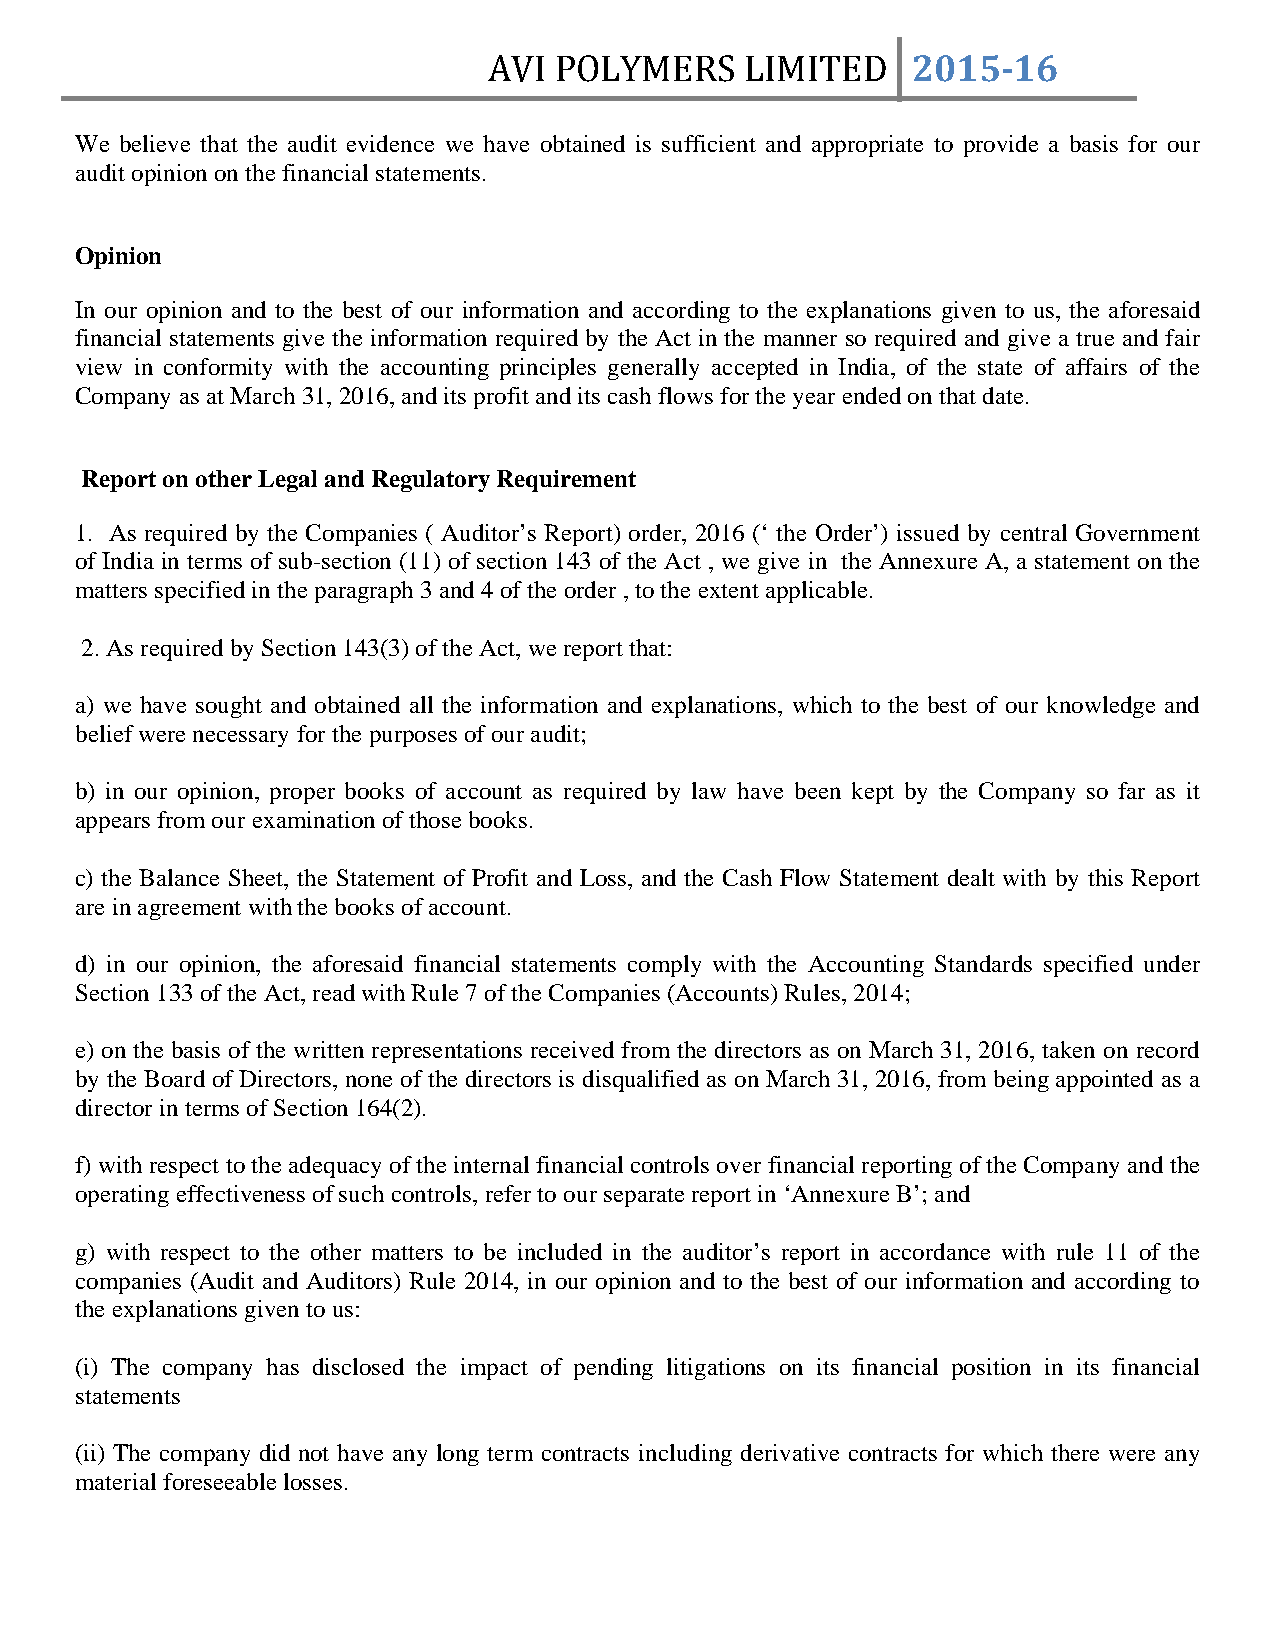
AVI  POLYMERS    LIMITED    2015­16
 We believe that the audit evidence we have obtained is sufficient and appropriate to provide a basis for our
 audit opinion on the financial statements.
 Opinion
 In our opinion and to the best of our information and according to the explanations given to us, the aforesaid
 financial statements give the information required by the Act in the manner so required and give a true and fair
 view in conformity with the accounting principles generally accepted in India, of the state of affairs of the
 Company as at March 31, 2016, and its profit and its cash flows for the year ended on that date.
 Report on other Legal and Regulatory Requirement
 1. As required by the Companies ( Auditor’s Report) order, 2016 (‘ the Order’) issued by central Government
 of India in terms of sub-section (11) of section 143 of the Act , we give in the Annexure A, a statement on the
 matters specified in the paragraph 3 and 4 of the order , to the extent applicable.
 2. As required by Section 143(3) of the Act, we report that:
 a) we have sought and obtained all the information and explanations, which to the best of our knowledge and
 belief were necessary for the purposes of our audit;
 b) in our opinion, proper books of account as required by law have been kept by the Company so far as it
 appears from our examination of those books.
 c) the Balance Sheet, the Statement of Profit and Loss, and the Cash Flow Statement dealt with by this Report
 are in agreement with the books of account.
 d) in our opinion, the aforesaid financial statements comply with the Accounting Standards specified under
 Section 133 of the Act, read with Rule 7 of the Companies (Accounts) Rules, 2014;
 e) on the basis of the written representations received from the directors as on March 31, 2016, taken on record
 by the Board of Directors, none of the directors is disqualified as on March 31, 2016, from being appointed as a
 director in terms of Section 164(2).
 f) with respect to the adequacy of the internal financial controls over financial reporting of the Company and the
 operating effectiveness of such controls, refer to our separate report in ‘Annexure B’; and
 g) with respect to the other matters to be included in the auditor’s report in accordance with rule 11 of the
 companies (Audit and Auditors) Rule 2014, in our opinion and to the best of our information and according to
 the explanations given to us:
 (i) The company has disclosed the impact of pending litigations on its financial position in its financial
 statements
 (ii) The company did not have any long term contracts including derivative contracts for which there were any
 material foreseeable losses.